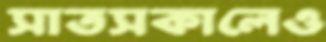
সাতসকালেও